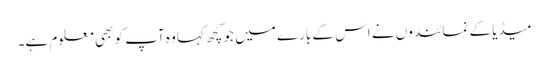
میڈیا کے نمائندوں نے اس کے بارے میں جو کچھ کہا وہ آپ کو بھی معلوم ہے۔